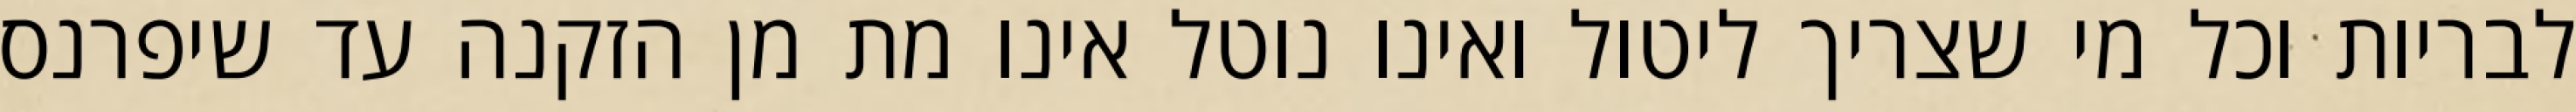
לבריות וכל מי שצריך ליטול ואינו נוטל אינו מת מן הזקנה עד שיפרנס